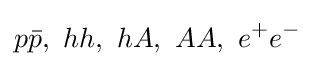
p{\bar {p}},\ hh,\ hA,\ AA,\ e^{+}e^{-}